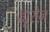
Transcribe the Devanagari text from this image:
ह्यूरोज़